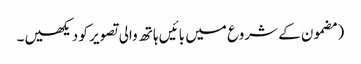
‏ (‏مضمون کے شروع میں بائیں ہاتھ والی تصویر کو دیکھیں۔